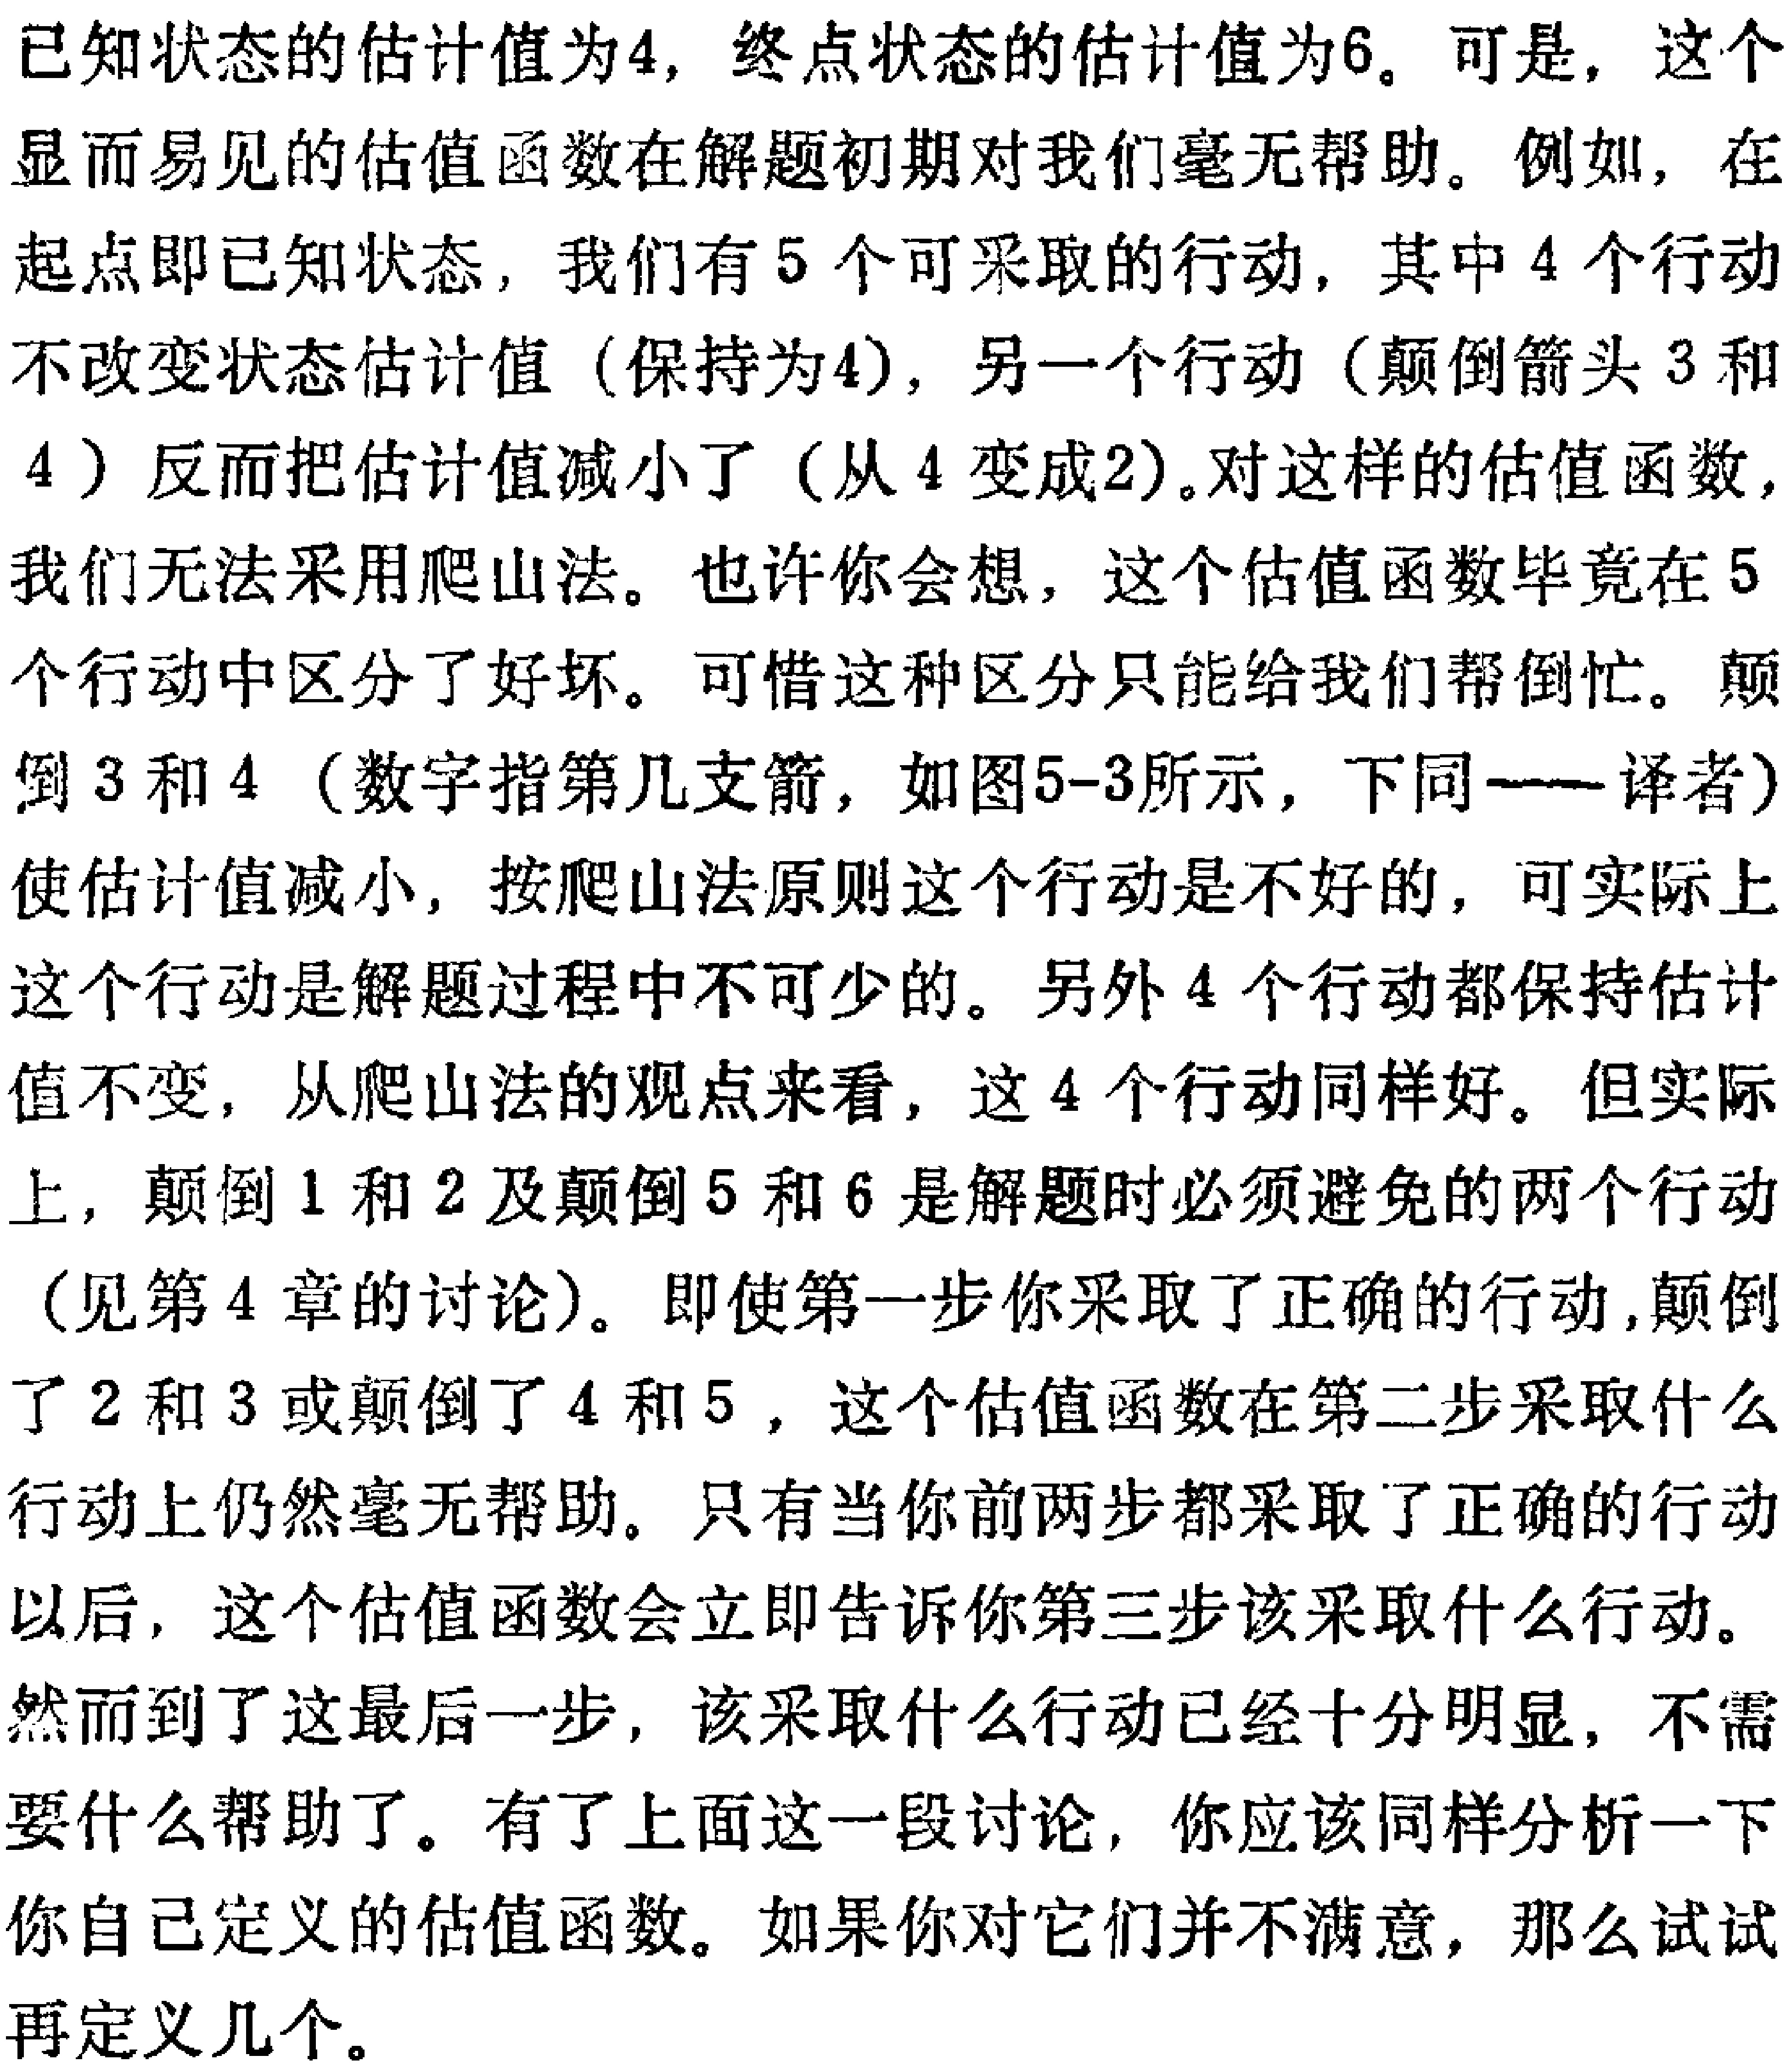
已知状态的估计值为4，终点状态的估计值为6。可是，这个显而易见的估值函数在解题初期对我们毫无帮助。例如，在起点即已知状态，我们有5个可采取的行动，其中4个行动不改变状态估计值（保持为4），另一个行动（颠倒箭头3和4）反而把估计值减小了（从4变成2）。对这样的估值函数，我们无法采用爬山法。也许你会想，这个估值函数毕竟在5个行动中区分了好坏。可惜这种区分只能给我们帮倒忙。颠倒3和4（数字指第几支箭，如图5-3所示，下同---译者）使估计值减小，按爬山法原则这个行动是不好的，可实际上这个行动是解题过程中不可少的。另外4个行动都保持估计值不变，从爬山法的观点来看，这4个行动同样好。但实际上，颠倒1和2及颠倒5和6是解题时必须避免的两个行动（见第4章的讨论）。即使第一步你采取了正确的行动，颠倒了2和3或颠倒了4和5，这个估值函数在第二步采取什么行动上仍然毫无帮助。只有当你前两步都采取了正确的行动以后，这个估值函数会立即告诉你第三步该采取什么行动。然而到了这最后一步，该采取什么行动已经十分明显，不需要什么帮助了。有了上面这一段讨论，你应该同样分析一下你自己定义的估值函数。如果你对它们并不满意，那么试试再定义几个。